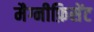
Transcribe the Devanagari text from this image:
मैग्नीफ़िसेंट